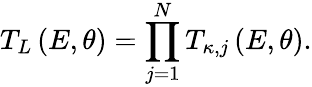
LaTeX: T_{L}\left(E,\theta\right)=\prod_{j=1}^{N}T_{\kappa,j}\left(E,\theta\right).